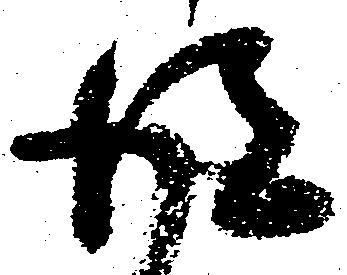
後